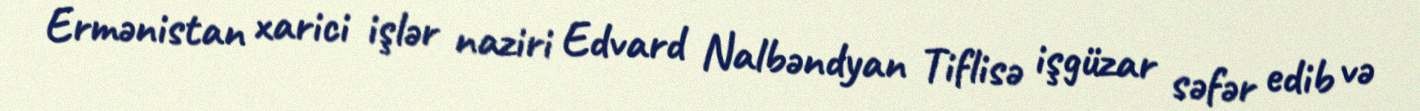
Ermənistan xarici işlər naziri Edvard Nalbəndyan Tiflisə işgüzar səfər edib və